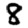
Digit: 8